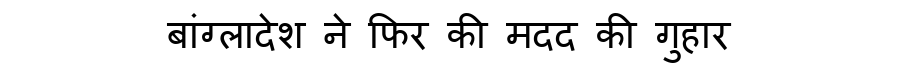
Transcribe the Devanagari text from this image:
बांग्लादेश ने फिर की मदद की गुहार